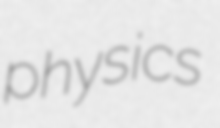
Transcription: physics